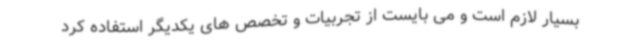
بسیار لازم است و می بایست از تجربیات و تخصص های یکدیگر استفاده کرد